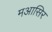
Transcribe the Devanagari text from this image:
मआसिर